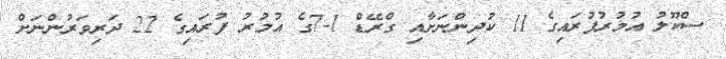
ސްކޫލު އުމުރުފުރައިގެ 11 ކުދިންނަށާއި ގްރޭޑް 1-7ގެ އުމުރު ފުރައިގެ 22 ދަރިވަރުންނަށް